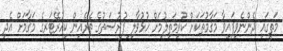
މަތީގައި ދެންނެވިފައިވާ މަޤާމުތަކަށް ކުރިމަތިލުމަށް ހުޅުވާލި ފުރުޞަތުގެ ތެރެއިން ކިއުރޭޓަރގެ މަޤާމަށް އެދި